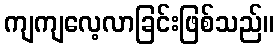
ကျကျလေ့လာခြင်းဖြစ်သည်။